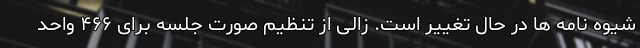
شیوه نامه ها در حال تغییر است. زالی از تنظیم صورت جلسه برای ۴۶۶ واحد